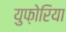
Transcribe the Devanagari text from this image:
युफ़ोरिया